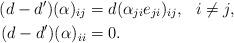
LaTeX: \begin{align*} (d-d')(\alpha)_{ij}&=d(\alpha_{ji}e_{ji})_{ij},\ \ i\ne j,\\ (d-d')(\alpha)_{ii}&=0. \end{align*}